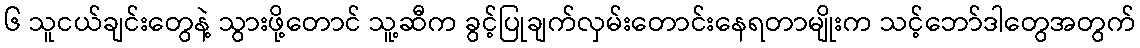
၆ သူငယ်ချင်းတွေနဲ့ သွားဖို့တောင် သူ့ဆီက ခွင့်ပြုချက်လှမ်းတောင်းနေရတာမျိုးက သင့်ဘော်ဒါတွေအတွက်